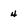
Character: 4